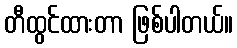
တီထွင်ထားတာ ဖြစ်ပါတယ်။